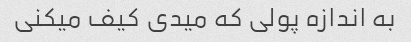
به اندازه پولی که میدی کیف میکنی